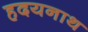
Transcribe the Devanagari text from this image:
हदयनाथ